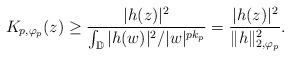
LaTeX: \begin{align*}K_{p,\varphi_p}(z)\geq \frac{|h(z)|^2}{\int_{\mathbb{D}}|h(w)|^2/|w|^{pk_p}}=\frac{|h(z)|^2}{\|h\|_{2,\varphi_p}^2}.\end{align*}